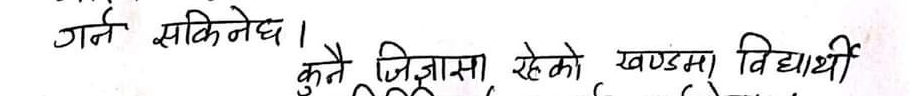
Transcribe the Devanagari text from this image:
गर्न सकिनेछ ।
कुनै जिज्ञासा रहेको खण्डमा विद्यार्थी